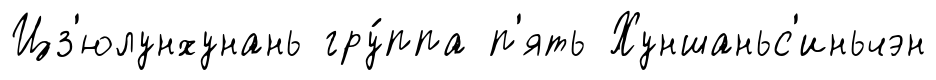
Цз'юлунхунань гру́ппа п'ять Хуншаньс'иньчэн